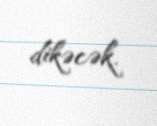
dikəcək.